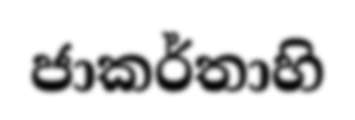
ජාකර්තාහි